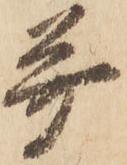
并